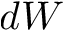
d W